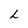
Character: h